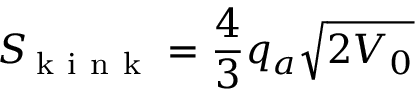
S _ { \! \mathrm { ~ k ~ i ~ n ~ k ~ } } = \frac { 4 } { 3 } q _ { a } \sqrt { 2 V _ { 0 } }